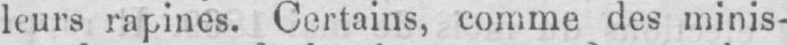
leurs rapines. Certains, comme des minis-